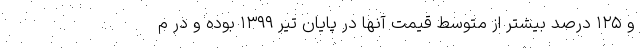
و ۱۲۵ درصد بیشتر از متوسط قیمت آنها در پایان تیر ۱۳۹۹ بوده و در م